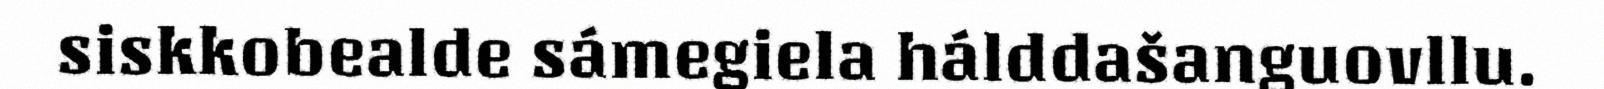
siskkobealde sámegiela hálddašanguovllu.